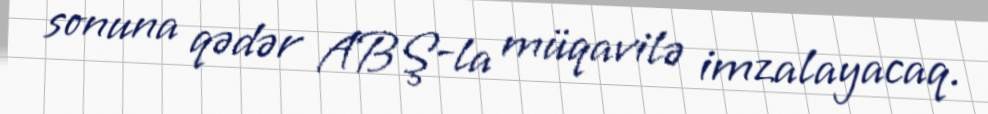
sonuna qədər ABŞ-la müqavilə imzalayacaq.